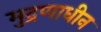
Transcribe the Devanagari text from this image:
मुद्रणाधीन